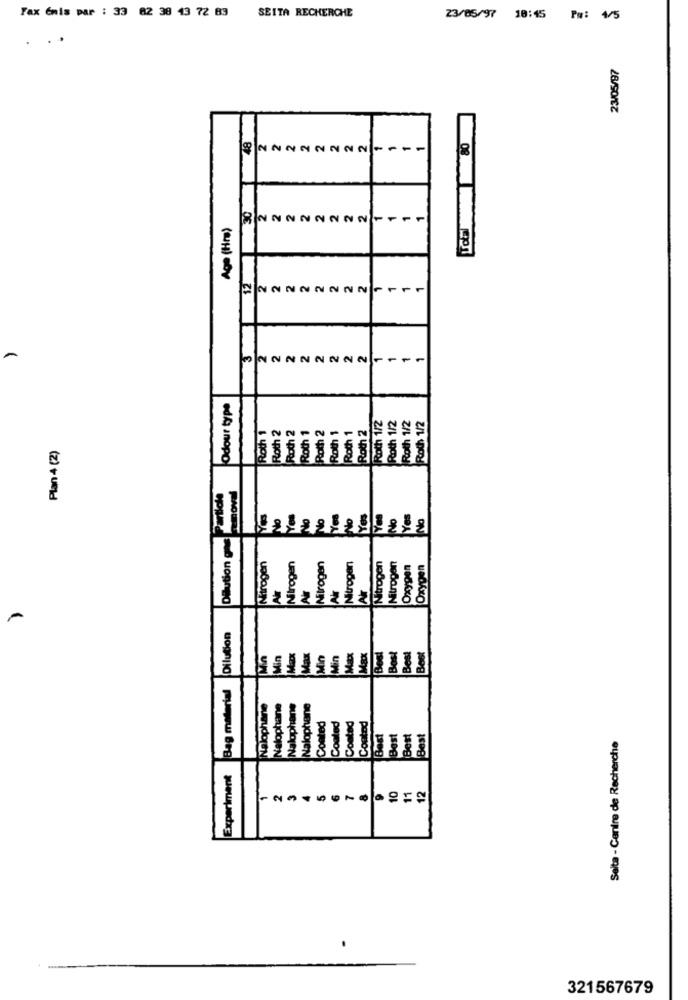
Fax énis par : 33 82 38 43 72 83
SEITA RECHERCHE
23/05/97 18:45 Pm: 4/5
.
..
23/05/97
Tol80
48
22222222
30
2
2
Age (Hr)
12
2
2
NN
1
2
2
2
2
2
NNNNNNNNFF
Odour type
Roth 1/2
Roth 1/2
Roth 1/2
Roth 1/2
Roth 1
Roth 2
Roth 2
Roth 1
Roth 2
Roth 1
Roth 1
Roth 2
Plan 4 (2)
Dilution one 'article
en
Nitrogen
Nitrogen
Nitrogen
Nitrogen
Nitrogen
Nitroç
Ar
AIr
Oxy
Bag material Dilution
hane
Nalopha
Nalopha
Coated
Coated
Contad
Nak
Nak
Coo
Seita - Centre de Recherche
Experiment
321567679